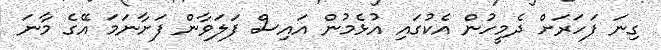
ގިނަ ފަހަރަށް ދެމީހުން އެކުގައި އުޅެމުން އައިސް ފަލަވާން ފަށާނަމަ އޭގެ މާނަ